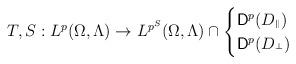
LaTeX: \begin{align*}T,S:L^p(\Omega,\Lambda)\to L^{p^S}(\Omega,\Lambda)\cap \begin{cases}{\rm{\sf D}}^p(D_{{}^\Vert})\\{\rm{\sf D}}^p(D_{{}^\bot})\end{cases}\end{align*}